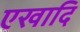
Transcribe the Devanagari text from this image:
एखादि